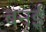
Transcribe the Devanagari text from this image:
बनई